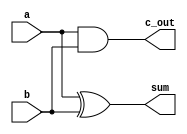
`timescale 1ns / 1ps
//////////////////////////////////////////////////////////////////////////////////
// Company: 
// Engineer: 
// 
// Design Name: 
// Module Name:    Add_half_0_delay 
// Project Name: 
// Target Devices: 
// Tool versions: 
// Description: 
//
// Dependencies: 
//
// Revision: 
// Revision 0.01 - File Created
// Additional Comments: 
//
//////////////////////////////////////////////////////////////////////////////////
module Add_half_0_delay(sum, c_out, a, b);
	input a, b;
	output c_out, sum;
	xor (sum, a, b);
	and (c_out, a, b);
endmodule